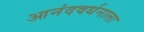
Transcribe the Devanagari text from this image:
आनंदवर्धनाला